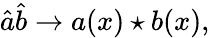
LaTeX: \hat{a}\hat{b}\rightarrow a(x)\star b(x),